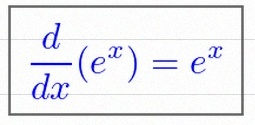
\frac{d}{dx}(e^x)=e^x